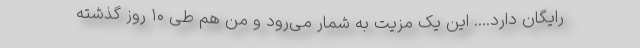
رایگان دارد.... این یک مزیت به شمار می‌رود و من هم طی ۱۰ روز گذشته